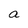
Character: a